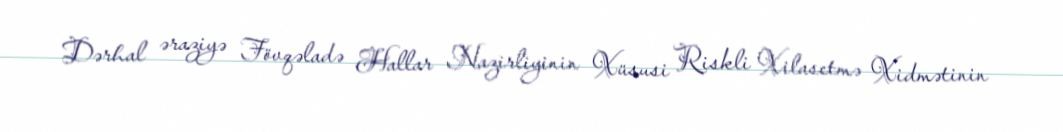
Dərhal əraziyə Fövqəladə Hallar Nazirliyinin Xüsusi Riskli Xilasetmə Xidmətinin